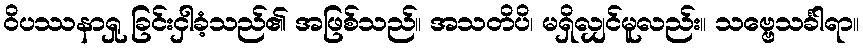
ဝိပဿနာရှု ခြင်းငှါခံ့သည်၏ အဖြစ်သည်။ အသတိပိ၊ မရှိလျှင်မူလည်း။ သဗ္ဗေသင်္ခါရာ။